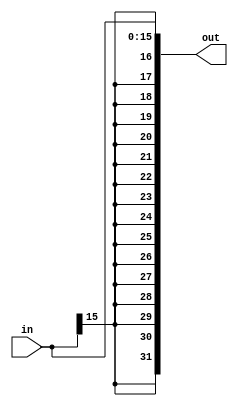
`timescale 1ns / 1ps
////////////////////////////////////////////////////////////////////////////////
// Last Edits: Nirmal Kumbhare, Ali Akoglu
// 
// Module - SignExtension.v
// Description - Sign extension module.  
// If the most significant bit of in (in[15]) = 0, 
//create the 32-bit "out" output by making out[15:0] equal to "in" and make other bits (bits 16 to 31) to 0
// If the most significant bit of in (in[15]) = 1, 
//create the 32-bit "out" output by making out[15:0] equal to "in" and make other bits to 1
//
//
//  Company: University of Arizona - ECE274A - Digital Logic
//  Engineer(s): Adrian Bao, Bob Bradford
//  Comments:
//
//  Last Edit: 10/28/2018 - Implement Sign Extension Logic and run testbench
//
////////////////////////////////////////////////////////////////////////////////
module SignExtension(in, out);

    /* A 16-Bit input word */
    input [15:0] in;
    
    /* A 32-Bit output word */
    //output reg [31:0] out;   //using always @
    output [31:0] out;   //using assign statement
    
    assign out = {{16{in[15]}}, in};

endmodule